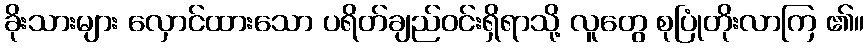
ခိုးသားများ လှောင်ထားသော ပရိတ်ချည်ဝင်းရှိရာသို့ လူတွေ စုပြုံတိုးလာကြ ၏။